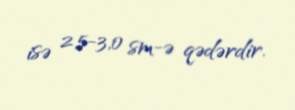
isə 2,5-3,0 sm-ə qədərdir.